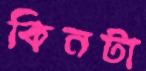
কিনটা